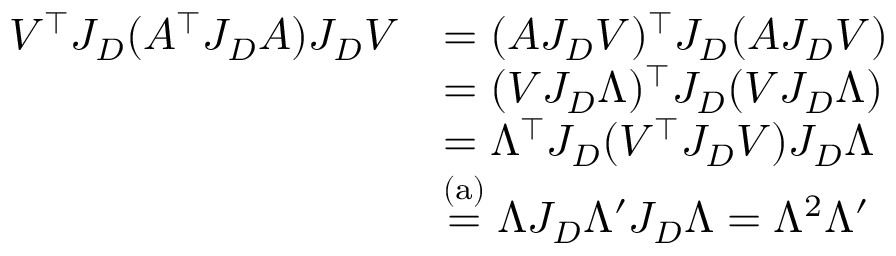
\begin{array} { r l } { V ^ { \top } J _ { D } ( A ^ { \top } J _ { D } A ) J _ { D } V } & { = ( A J _ { D } V ) ^ { \top } J _ { D } ( A J _ { D } V ) } \\ & { = ( V J _ { D } \Lambda ) ^ { \top } J _ { D } ( V J _ { D } \Lambda ) } \\ & { = \Lambda ^ { \top } J _ { D } ( V ^ { \top } J _ { D } V ) J _ { D } \Lambda } \\ & { \stackrel { \mathrm { ( a ) } } { = } \Lambda J _ { D } \Lambda ^ { \prime } J _ { D } \Lambda = \Lambda ^ { 2 } \Lambda ^ { \prime } } \end{array}